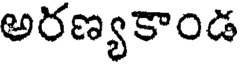
అరణ్యకాండ